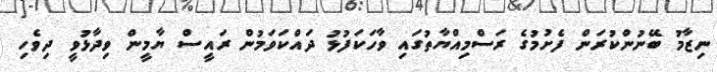
ނިޒާމު ބޭނުންކުރަން ފެށުމުގެ ރަސްމިއްޔާތުގައި ވާހަކަފުޅު ދައްކަވަމުން ރައީސް ޔާމީން ވިދާޅުވީ ދިވެހި